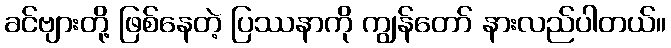
ခင်ဗျားတို့ ဖြစ်နေတဲ့ ပြဿနာကို ကျွန်တော် နားလည်ပါတယ်။